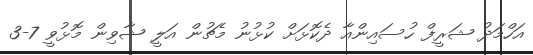
އަހްމަދު ޝަރީފް ހުސައިންއާ ދެކޮޅަށް ކުޅުނު މެޗުން އަލީ ޝާވިން މޮޅުވީ 7-3